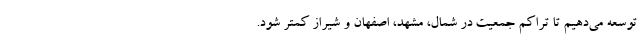
توسعه می‌دهیم تا تراکم جمعیت در شمال، مشهد، اصفهان و شیراز کمتر شود.